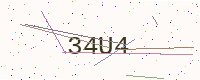
Text: 34U4